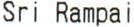
SRI RAMPAI